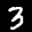
Digit: 3